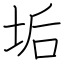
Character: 垢